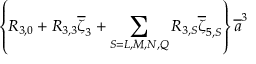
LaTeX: \left\{ R _ { 3 , 0 } + R _ { 3 , 3 } \overline { { \zeta } } _ { 3 } + \sum _ { S = L , M , N , Q } R _ { 3 , S } \overline { { \zeta } } _ { 5 , S } \right\} \overline { { { a } } } ^ { 3 }